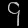
Digit: ၄